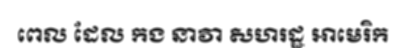
ពេល ដែល កង នាវា សហរដ្ឋ អាមេរិក